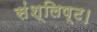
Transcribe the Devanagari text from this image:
संश्लिष्ट।